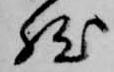
然